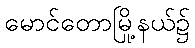
မောင်တောမြို့နယ်၌